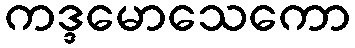
ကဒ္ဒမောသေကော